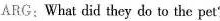
ARG:What did they do to the pet?